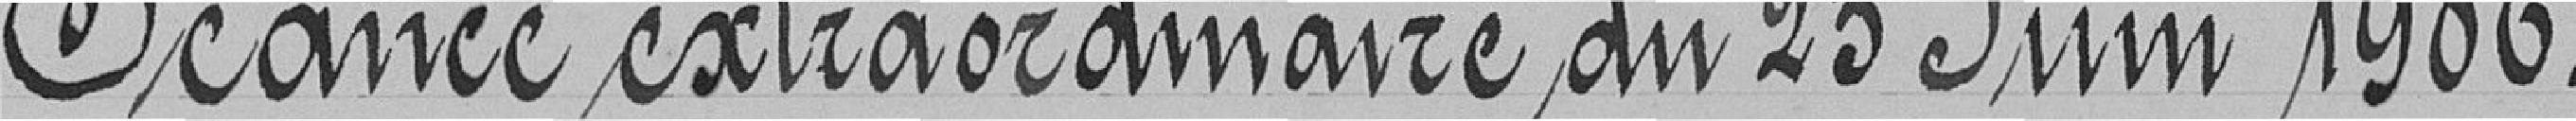
Séance extraordinaire du 23 juin 1906